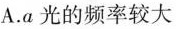
A.a光的频率较大